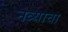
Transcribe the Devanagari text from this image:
नव्याचा